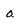
Character: 0